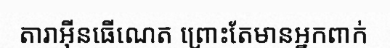
តារាអ៊ីនធើណេត ព្រោះតែមានអ្នកពាក់